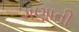
ગણાતી